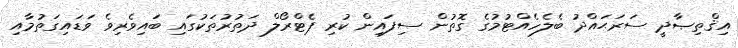
އިޤްތިޞާދީ ސަރަޙައްދު ބެލެހެއްޓުމުގެ ގޮތުން ސިފައިން ކުރި ޕެޓްރޯލް ދަތުރުތަކުގައި ބައިވެރިވެ ވަޑައިގަތުމާއި